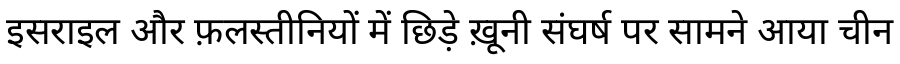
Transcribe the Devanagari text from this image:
इसराइल और फ़लस्तीनियों में छिड़े ख़ूनी संघर्ष पर सामने आया चीन